Quinine and its salts - Number 41
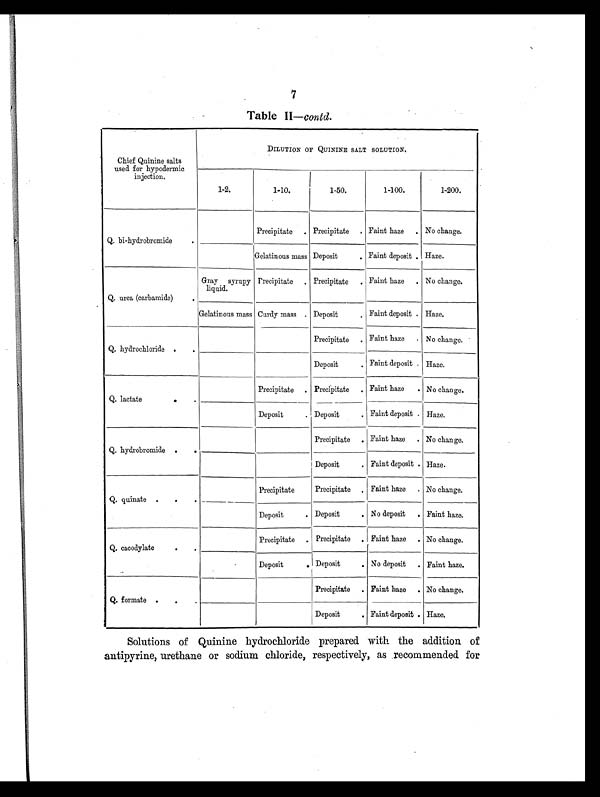
7
Table II— contd.
Chief Quinine salts
used for hypodermic
injection.
DI LUTI ON OF QUI NI NE SALT SOLUTI ON.
1-2.
1-10.
1-50.
1-100.
1-200.
Q. bi-hydrobromide
.
Precipitate . Precipitate . Faint haze . No change.
Gelatinous mass Deposit
. Faint deposit
.
Haze.
Q. urea (carbamide)
.
Gray syrupy
liquid.
Precipitate . Precipitate . Faint haze . No change.
Gelatinous mass Curdy mass . Deposit
. Faint deposit
.
Haze.
Q. hydrochloride .
Precipitate . Faint haze
.
No change.
Deposit
. Faint deposit
.
Haze.
Q. lactate
. .
Precipitate . Precipitate
.
Faint haze . No change.
Deposit
. Deposit
. Faint deposit
.
Haze.
Q. hydrobromide . .
Precipitate . Faint haze . No change.
Deposit
. Faint deposit
.
Haze.
Q. quinate . . .
Precipitate
Precipitate . Faint haze . No change.
Deposit
. Deposit
. No deposit . Faint haze.
Q. cacodylate
. .
Precipitate
.
Precipitate . Faint haze . No change.
Deposit
.
Deposit
. No deposit . Faint haze.
Q. formate . .
Precipitate . Faint haze . No change.
Deposit
Faint deposit
.
Haze.
Solutions of Quinine hydrochloride prepared with the addition of
antipyrine, urethane or sodium chloride, respectively, as recommended for